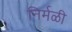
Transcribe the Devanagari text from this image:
निर्मळी